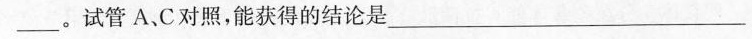
___。试管 A、C 对照，能获得的结论是___